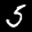
Label: 5